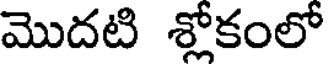
మొదటి శ్లోకంలో